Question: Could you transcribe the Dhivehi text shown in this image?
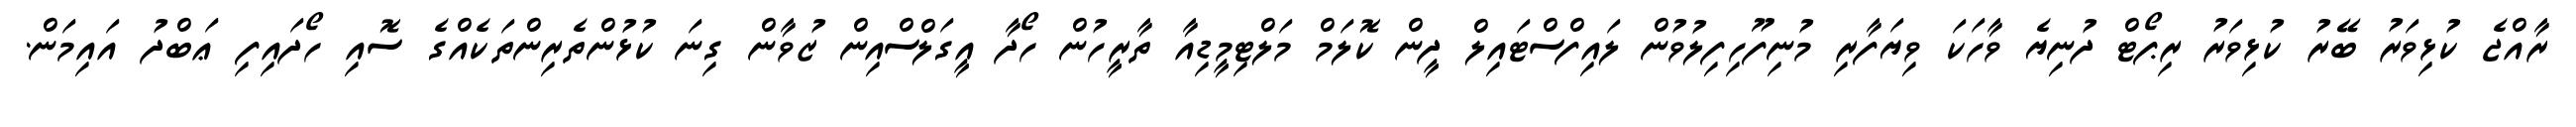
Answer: ރާއްޖެ ކުޅިވަރު ބޭރު ކުޅިވަރު ރިޕޯޓް ދުނިޔެ ވާހަކަ ވިޔަފާރި މުނިފޫހިފިލުވުން ލައިފްސްޓައިލް ދީން ކޮލަމް މަލްޓިމީޑިއާ ތާރީހުން ހޯދާ އީގަލްސްއިން ޒުވާން ގިނަ ކުޅުންތެރިންތަކެއްގެ ސޮއި ހޯދައިފި ޢަބްދު އައިމަން.